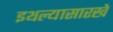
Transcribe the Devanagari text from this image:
इथल्यासारखे